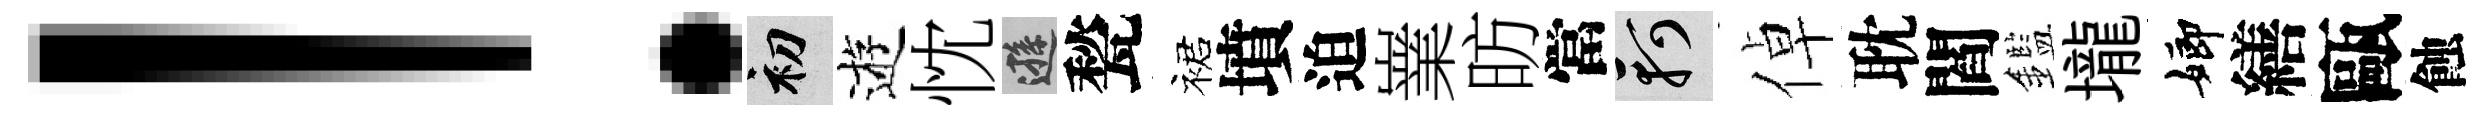
！初逰忱遜甃裙墳迫嶪昉當軻倬耽閻鑑壠嫏繕甌蝕